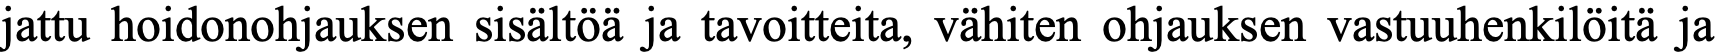
jattu hoidonohjauksen sisältöä ja tavoitteita, vähiten ohjauksen vastuuhenkilöitä ja